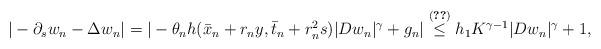
LaTeX: \begin{align*}| -\partial_s w_n - \Delta w_n| = | - \theta_n h(\bar x_n + r_n y, \bar t_n + r_n^2 s) |Dw_n|^\gamma + g_n| \stackrel{\eqref{thetabound}}{\le} h_1 K^{\gamma-1}|Dw_n|^\gamma + 1,\end{align*}